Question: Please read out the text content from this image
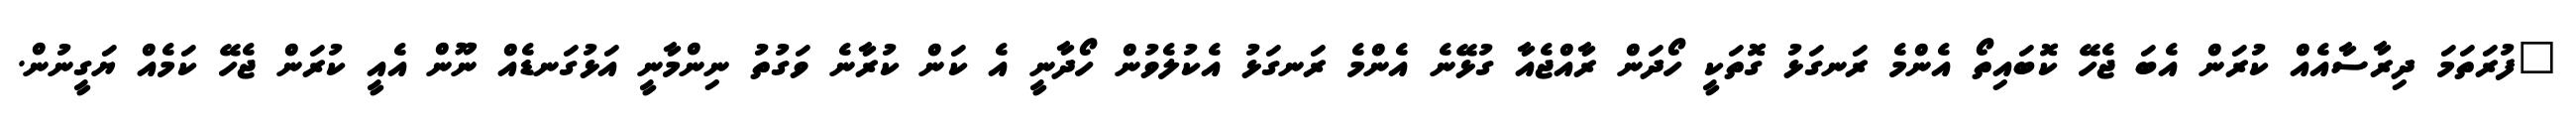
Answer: "ފުރަތަމަ ދިރާސާއެއް ކުރަން އެބަ ޖެހޭ ކޮބައިތޯ އެންމެ ރަނގަޅު ގޮތަކީ ހޯދަން ރާއްޖެއާ ގުޅޭނެ އެންމެ ރަނގަޅު އެކުލެވުން ހޯދާނީ އެ ކަން ކުރާނެ ވަގުތު ނިންމާނީ އަޅުގަނޑެއް ނޫން އެއީ ކުރަން ޖެހޭ ކަމެއް ޔަގީނުން.